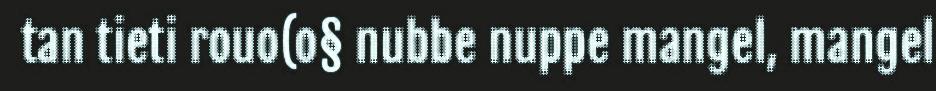
tan tieti rouo(o§ nubbe nuppe mangel, mangel